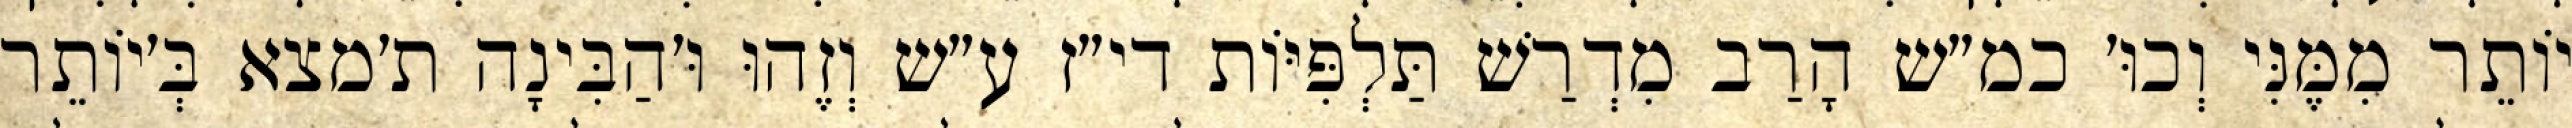
יוֹתֵר מִמֶּנִּי וְכוּ׳ כמ״ש הָרַב מִדְרַשׁ תַּלְפִּיּוֹת די״ז ע״ש וְזֶהוּ וּ׳הַבִּינָה ת׳מצא בְּ׳יוֹתֵר